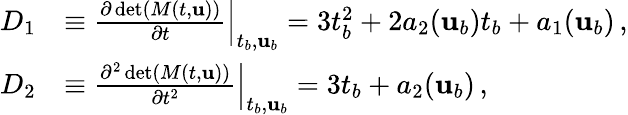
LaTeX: \begin{array}{rl}{D_{1}}&{\equiv\frac{\partial\operatorname*{det}(M(t,{\mathbf{u}}))}{\partial t}\Big\vert_{t_{b},{\mathbf{u}}_{b}}=3t_{b}^{2}+2a_{2}({\mathbf{u}}_{b})t_{b}+a_{1}({\mathbf{u}}_{b})\, ,}\\ {D_{2}}&{\equiv\frac{\partial^{2}\operatorname*{det}(M(t,{\mathbf{u}}))}{\partial t^{2}}\Big\vert_{t_{b},{\mathbf{u}}_{b}}=3t_{b}+a_{2}({\mathbf{u}}_{b})\, ,}\end{array}